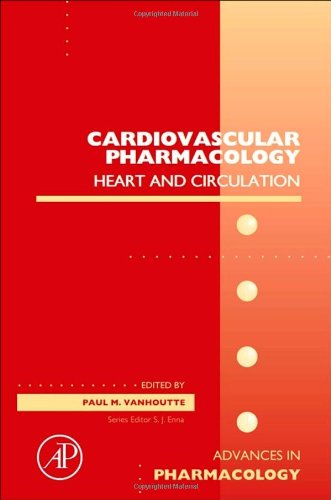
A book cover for Cardiovascular Pharmacology: Heart and circulation, Volume 59 (Advances in Pharmacology); Medical Books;